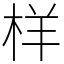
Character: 样